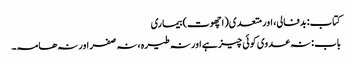
کتاب: بدفالی، اور متعدی(اچھوت) بیماری
باب : نہ عدوی کوئی چیز ہے اور نہ طیرہ ، نہ صفر اور نہ ھامہ۔